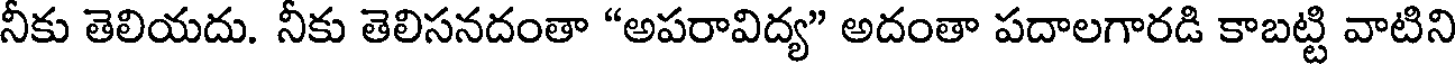
నీకు తెలియదు. నీకు తెలిసనదంతా "అపరావిద్య" అదంతా పదాలగారడి కాబట్టి వాటిని